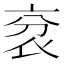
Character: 𧘠